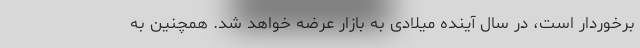
برخوردار است، در سال آینده میلادی به بازار عرضه خواهد شد. همچنین به